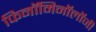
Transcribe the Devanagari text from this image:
फिनॉमिनॉलॉजी